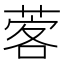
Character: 𦴦